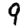
Digit: 9